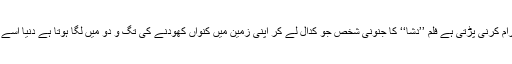
فلم ’’کرنٹ ‘‘کا غریب مزدور جس کو بجلی کا بل جمع کرانے کیلئے اپنی زندگی حرام کرنی پڑتی ہے فلم ’’دشا‘‘ کا جنونی شخص جو کدال لے کر اپنی زمین میں کنواں کھودنے کی تگ و دو میں لگا ہوتا ہے دنیا اسے پاگل قرار دیتی ہے لیکن آخر میں وہ اپنی زمین میں پانی کا ذخیرہ نکال ہی لیتا ہے ۔